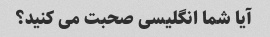
آیا شما انگلیسی صحبت می کنید؟